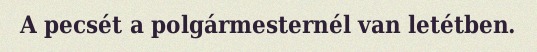
A pecsét a polgármesternél van letétben.